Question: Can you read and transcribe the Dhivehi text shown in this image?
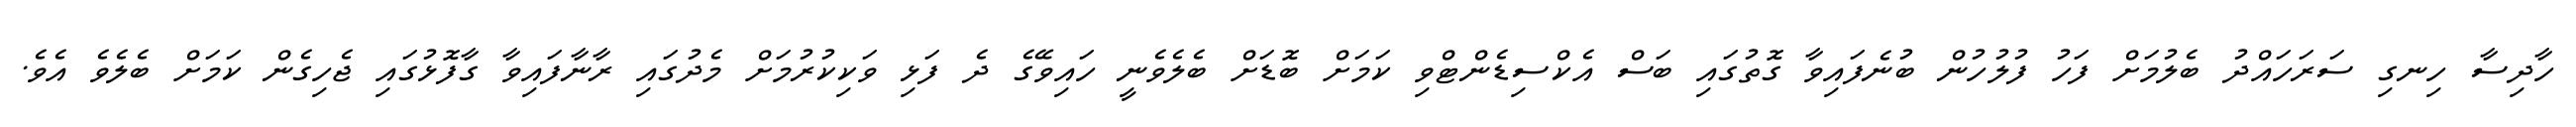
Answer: ހާދިސާ ހިނގި ސަރަހައްދު ބެލުމަށް ފަހު ފުލުހުން ބުނެފައިވާ ގޮތުގައި ބަސް އެކްސިޑެންޓްވި ކަމަށް ބޮޑަށް ބެލެވެނީ ހައިވޭގެ ދެ ފަޅި ވަކިކުރުމަށް މެދުގައި ރާނާފައިވާ ގާފޮޅުގައި ޖެހިގެން ކަމަށް ބެލެވެ އެވެ.